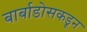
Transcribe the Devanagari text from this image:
बार्बाडोसकडून